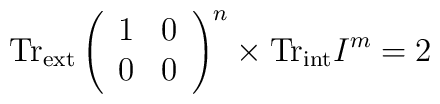
\mathrm{Tr}_{\mathrm{ext}}\left(	\begin{array}{cc}	1 & 0 \\	0 & 0	\end{array}\right)^n\times \mathrm{Tr}_{\mathrm{int}}I^m=2